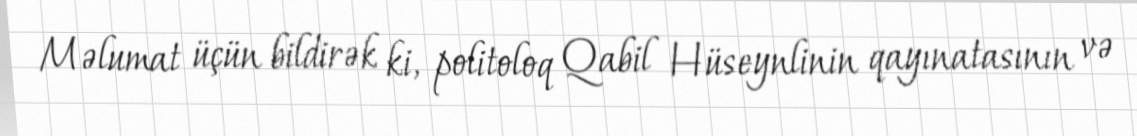
Məlumat üçün bildirək ki, politoloq Qabil Hüseynlinin qayınatasının və